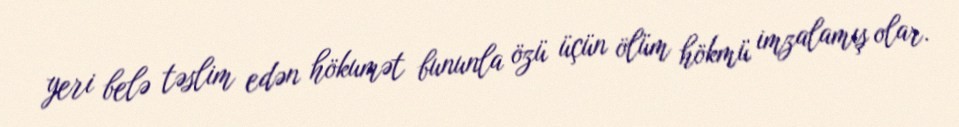
yeri belə təslim edən hökumət bununla özü üçün ölüm hökmü imzalamış olar.